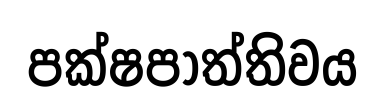
පක්ෂපාත්තිවය